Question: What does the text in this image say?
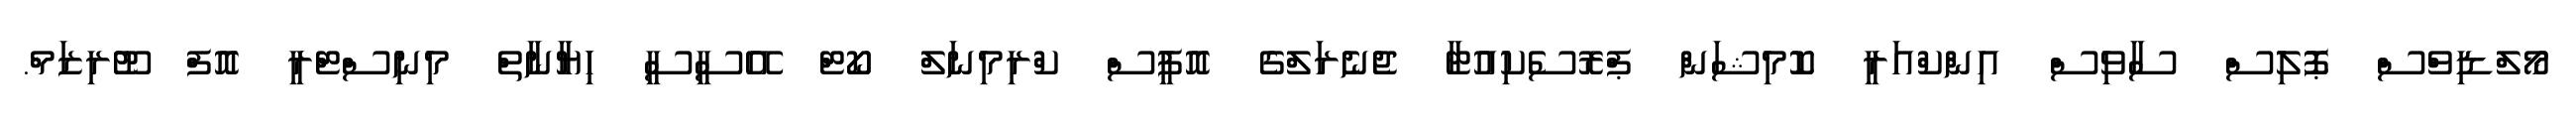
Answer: މޯލްޑިވްސް ޕޮލިސް ސާވިސް އިންކްއަރީ ކޮމިޝަން ޕްރޮސެކިއުޓާ ޖެނެރަލްގެ އޮފީސް ކްރިމިނަލް ކޯޓް އޭސީސީ ހިޔާނާތް މިނިސްޓްރީ އޮފް ޓޫރިޒަމް.